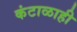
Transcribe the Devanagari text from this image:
कंटाळाही